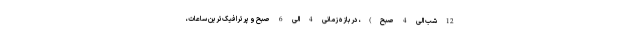
12 شب الی 4 صبح)، در بازه زمانی 4 الی 6 صبح و پرترافیک‌ترین ساعات،